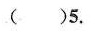
（)5.